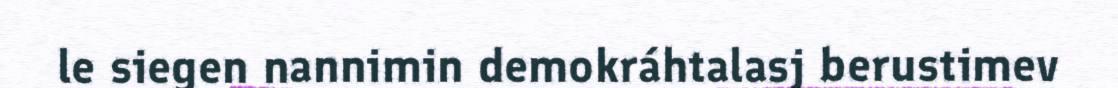
le siegen nannimin demokráhtalasj berustimev